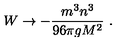
W \to - \frac { m ^ { 3 } n ^ { 3 } } { 9 6 \pi g M ^ { 2 } } \ .